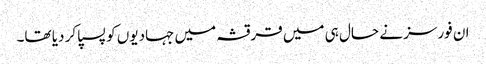
ان فورسز نے حال ہی میں قرقشہ میں جہادیوں کو پسپا کر دیا تھا۔